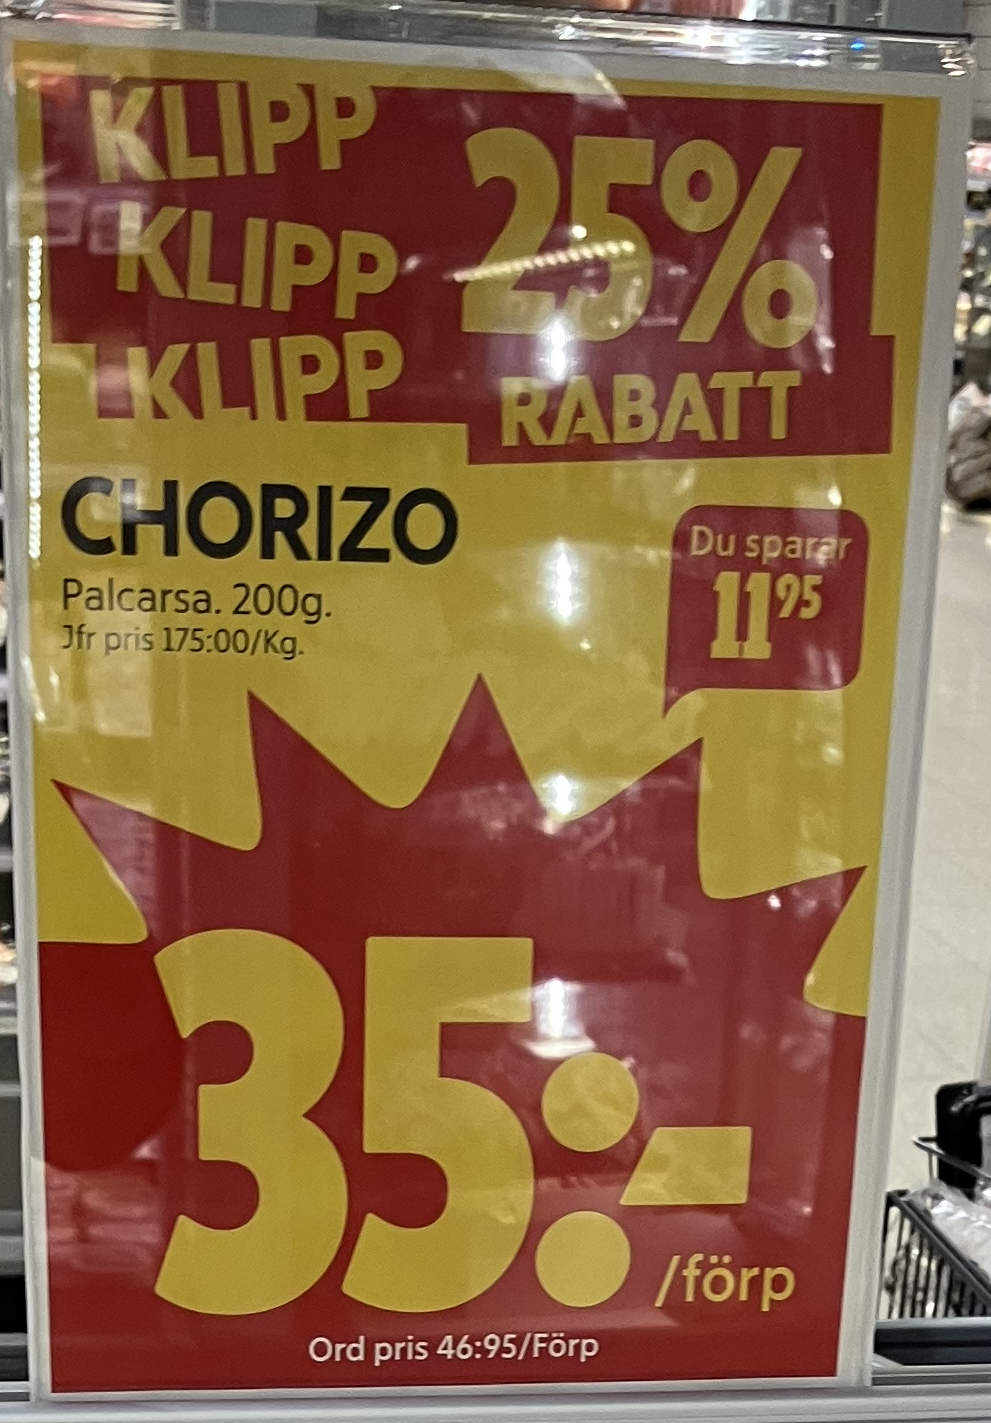
Vara: Chorizo
Genomsnittspris: 175 per kg